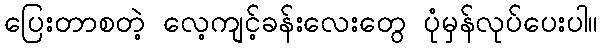
ပြေးတာစတဲ့ လေ့ကျင့်ခန်းလေးတွေ ပုံမှန်လုပ်ပေးပါ။